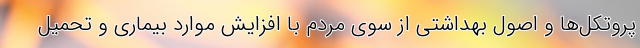
پروتکل‌ها و اصول بهداشتی از سوی مردم با افزایش موارد بیماری و تحمیل